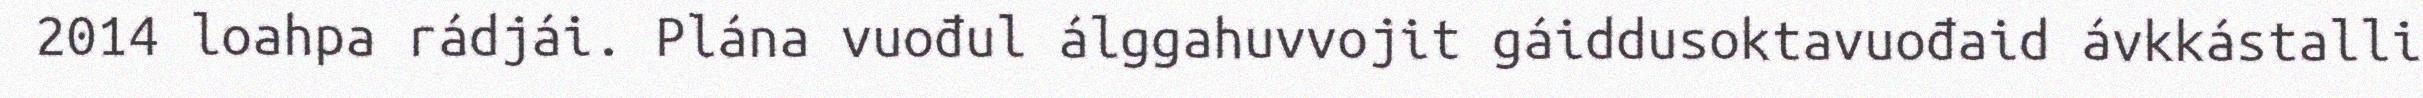
2014 loahpa rádjái. Plána vuođul álggahuvvojit gáiddusoktavuođaid ávkkástalli